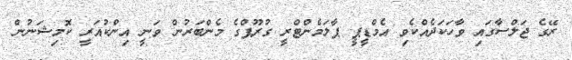
ރޭގެ ޖަލްސާގައި ވާހަކަދެއްކެވި އެމްޑީޕީ ޕާލަމެންޓްރީ ގުރޫޕްގެ މެންބަރުން ވަނީ އިންކުއަރީ ކޮމިޝަނުން